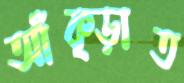
আঁক্‌ড়াত